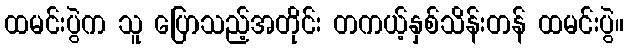
ထမင်းပွဲက သူ ပြောသည့်အတိုင်း တကယ့်နှစ်သိန်းတန် ထမင်းပွဲ။